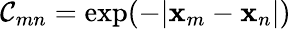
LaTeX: \mathcal{C}_{mn}=\exp({-|\mathbf{{x}}_{m}-\mathbf{{x}}_{n}|})